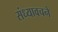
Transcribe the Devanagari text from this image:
संध्यावचने